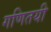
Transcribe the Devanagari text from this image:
गणितयी